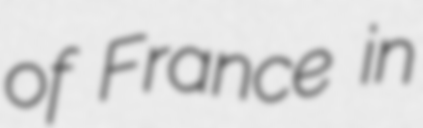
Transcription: of France in